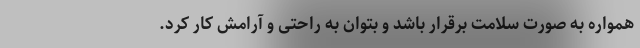
همواره به صورت سلامت برقرار باشد و بتوان به راحتی و آرامش کار کرد.